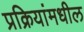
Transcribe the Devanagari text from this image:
प्रक्रियांमधील